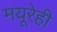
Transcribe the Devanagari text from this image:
मयूरेही